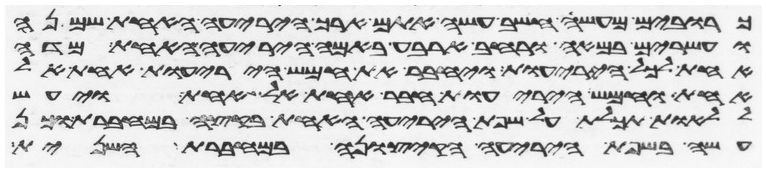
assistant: כרובים מעשה חשב עשה אתם ארך היריעה האחת שמנה
ועשרים באמה ורחב ארבע באמה היריעה האחת מדה
אחת לכל היריעות ויחבר את חמש היריעות אחת אל
אחת וחמש היריעות חבר אחת אל אחת ויעש
ללאות תכלת על שפת היריעה האחת בקצה במחברת וכן
עשה בשפת היריעה הקצונה במחברת השנית